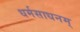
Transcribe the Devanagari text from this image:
धर्मसाधनम्